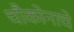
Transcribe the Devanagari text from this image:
चौकोनाचे